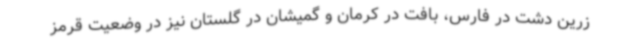
زرین دشت در فارس، بافت در کرمان و گمیشان در گلستان نیز در وضعیت قرمز